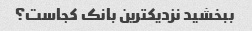
ببخشید نزدیکترین بانک کجاست؟